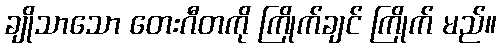
ချိုသာသော တေးဂီတကို ကြိုက်ချင် ကြိုက် မည်။